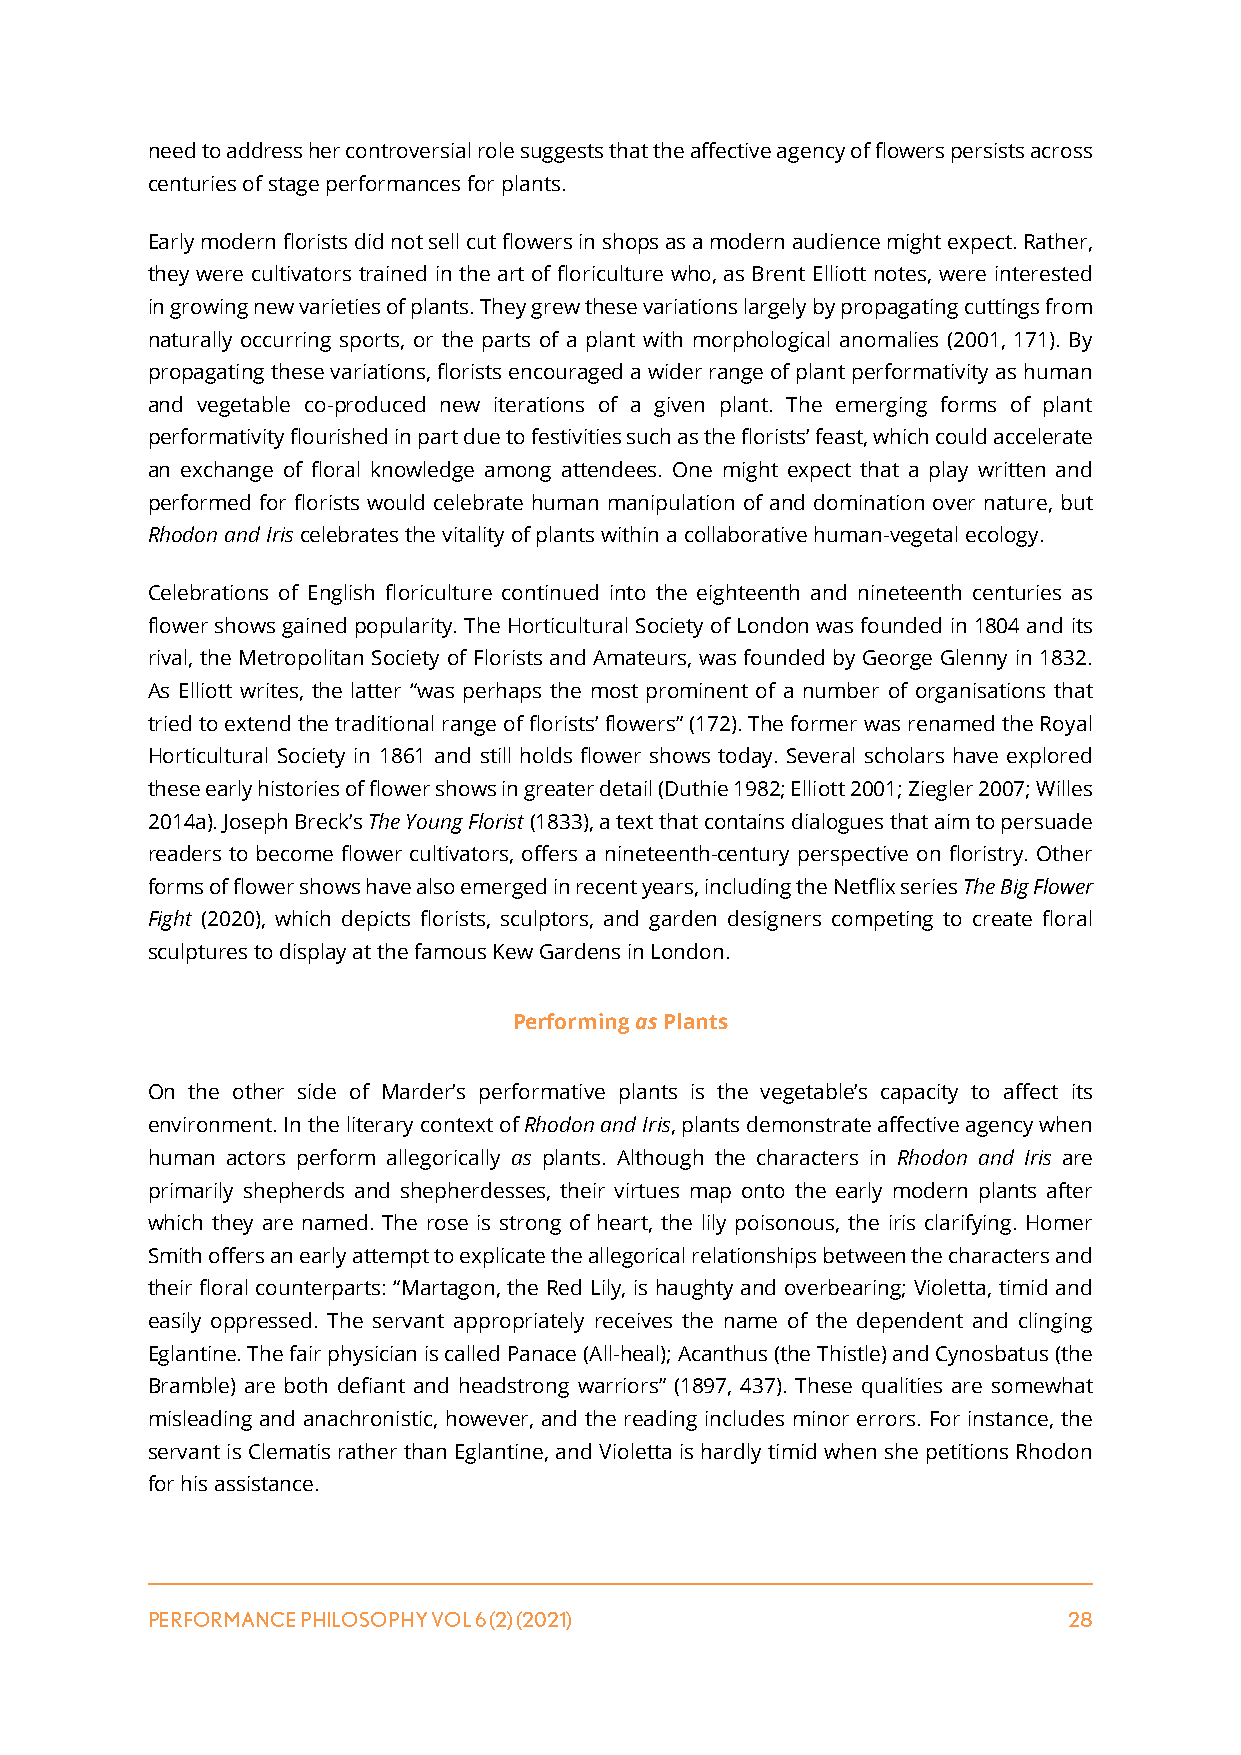
need to address her controversial role suggests that the affective agency of flowers persists across
 centuries of stage performances for plants.
 Early modern florists did not sell cut flowers in shops as a modern audience might expect. Rather,
 they were cultivators trained in the art of floriculture who, as Brent Elliott notes, were interested
 in growing new varieties of plants. They grew these variations largely by propagating cuttings from
 naturally occurring sports, or the parts of a plant with morphological anomalies (2001, 171). By
 propagating these variations, florists encouraged a wider range of plant performativity as human
 and vegetable co-produced new iterations of a given plant. The emerging forms of plant
 performativity flourished in part due to festivities such as the florists’ feast, which could accelerate
 an exchange of floral knowledge among attendees. One might expect that a play written and
 performed for florists would celebrate human manipulation of and domination over nature, but
 Rhodon and Iris celebrates the vitality of plants within a collaborative human-vegetal ecology.
 Celebrations of English floriculture continued into the eighteenth and nineteenth centuries as
 flower shows gained popularity. The Horticultural Society of London was founded in 1804 and its
 rival, the Metropolitan Society of Florists and Amateurs, was founded by George Glenny in 1832.
 As Elliott writes, the latter “was perhaps the most prominent of a number of organisations that
 tried to extend the traditional range of florists’ flowers” (172). The former was renamed the Royal
 Horticultural Society in 1861 and still holds flower shows today. Several scholars have explored
 these early histories of flower shows in greater detail (Duthie 1982; Elliott 2001; Ziegler 2007; Willes
 2014a). Joseph Breck’s The Young Florist (1833), a text that contains dialogues that aim to persuade
 readers to become flower cultivators, offers a nineteenth-century perspective on floristry. Other
 forms of flower shows have also emerged in recent years, including the Netflix series The Big Flower
 Fight (2020), which depicts florists, sculptors, and garden designers competing to create floral
 sculptures to display at the famous Kew Gardens in London.
 Performing as Plants
 On the other side of Marder’s performative plants is the vegetable’s capacity to affect its
 environment. In the literary context of Rhodon and Iris, plants demonstrate affective agency when
 human actors perform allegorically as plants. Although the characters in Rhodon and Iris are
 primarily shepherds and shepherdesses, their virtues map onto the early modern plants after
 which they are named. The rose is strong of heart, the lily poisonous, the iris clarifying. Homer
 Smith offers an early attempt to explicate the allegorical relationships between the characters and
 their floral counterparts: “Martagon, the Red Lily, is haughty and overbearing; Violetta, timid and
 easily oppressed. The servant appropriately receives the name of the dependent and clinging
 Eglantine. The fair physician is called Panace (All-heal); Acanthus (the Thistle) and Cynosbatus (the
 Bramble) are both defiant and headstrong warriors” (1897, 437). These qualities are somewhat
 misleading and anachronistic, however, and the reading includes minor errors. For instance, the
 servant is Clematis rather than Eglantine, and Violetta is hardly timid when she petitions Rhodon
 for his assistance.
 PERFORMANCE PHILOSOPHY VOL 6 (2) (2021)                      28